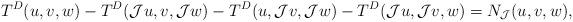
LaTeX: \begin{align*}T^{D} (u, v, w) - T^{D} (\mathcal J u, v,\mathcal J w) - T^{D}( u, \mathcal J v, \mathcal J w) - T^{D}( \mathcal J u,\mathcal J v, w) =N_{\mathcal J}(u, v, w),\end{align*}